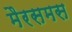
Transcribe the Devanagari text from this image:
मैरसमस